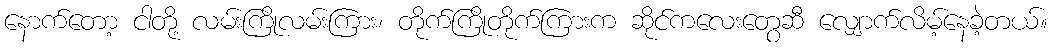
နောက်တော့ ငါတို့ လမ်းကြိုလမ်းကြား၊ တိုက်ကြိုတိုက်ကြားက ဆိုင်ကလေးတွေဆီ လျှောက်လိမ့်နေခဲ့တယ်။